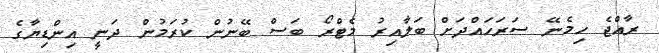
ރާއްޖެ ހިމެނޭ ސަރަހައްދަށް ބަލާއިރު މެޓްރޯ ބަސް ބޭނުން ކުރަމުން ދަނީ އިންޑިޔާގެ